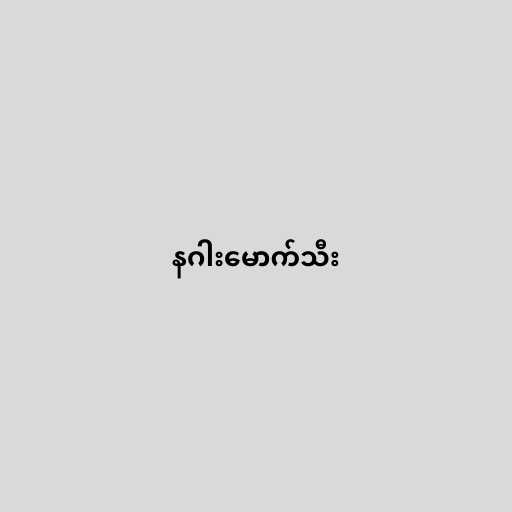
နဂါးမောက်သီး